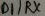
Text: D1/RX